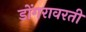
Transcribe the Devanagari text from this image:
डोंगरावरती